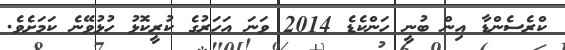
ކްރެސެންޑާ އިން ބުނީ ހަންކެޑެ 2014 ވަނަ އަހަރުގެ ކުރީކޮޅު ހުޅުވޭނެ ކަމަށެވެ.